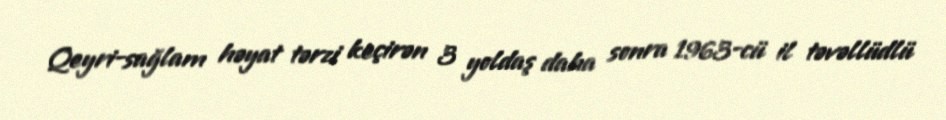
Qeyri-sağlam həyat tərzi keçirən 3 yoldaş daha sonra 1963-cü il təvəllüdlü